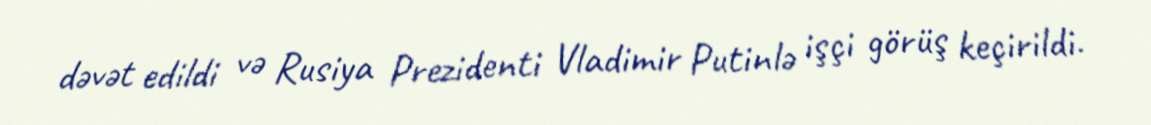
dəvət edildi və Rusiya Prezidenti Vladimir Putinlə işçi görüş keçirildi.